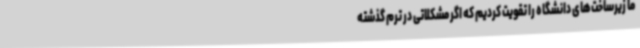
ما زیرساخت‌های دانشگاه را تقویت کردیم که اگر مشکلاتی در ترم گذشته